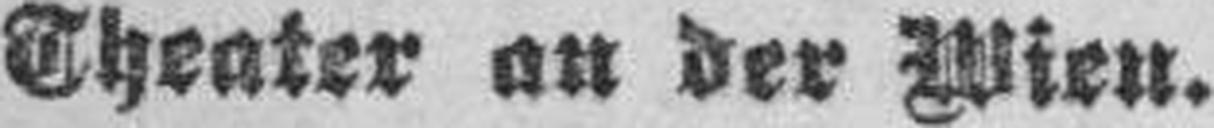
Theater an der Wien.